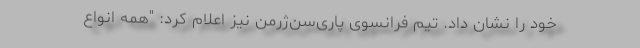
خود را نشان داد. تیم فرانسوی پاری‌سن‌ژرمن نیز اعلام کرد: "همه انواع